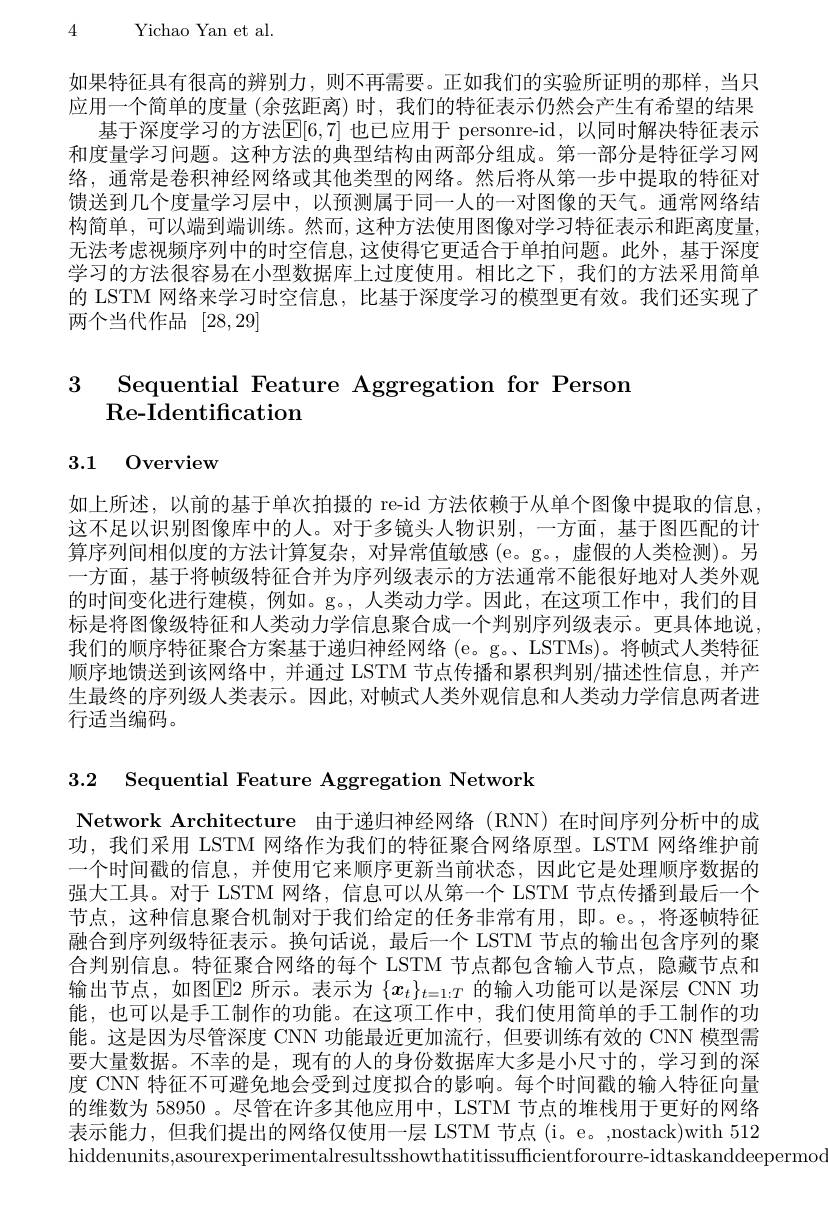
4 Yichao Yan et al

如果特征具有很高的辨别力，则不再需要。正如我们的实验所证明的那样，当只应用一个简单的度量 (余弦距离) 时，我们的特征表示仍然会产生有希望的结果
基于深度学习的方法$\mathsf E[6,7]$ 也已应用于 personre-id, 以同时解决特征表示和度量学习问题。这种方法的典型结构由两部分组成。第一部分是特征学习网络，通常是卷积神经网络或其他类型的网络。然后将从第一步中提取的特征对馈送到几个度量学习层中，以预测属于同一人的一对图像的天气。通常网络结构简单，可以端到端训练。然而，这种方法使用图像对学习特征表示和距离度量， 无法考虑视频序列中的时空信息，这使得它更适合于单拍问题。此外，基于深度学习的方法很容易在小型数据库上过度使用。相比之下，我们的方法采用简单的 LSTM 网络来学习时空信息，比基于深度学习的模型更有效。我们还实现了两个当代作品[28,29]

3 Sequential Feature Aggregation for Person
# Re- Identification

3.1 Overview

如上所述，以前的基于单次拍摄的 re-id 方法依赖于从单个图像中提取的信息， 这不足以识别图像库中的人。对于多镜头人物识别，一方面，基于图匹配的计算序列间相似度的方法计算复杂，对异常值敏感(e。g。,虚假的人类检测)。另一方面，基于将帧级特征合并为序列级表示的方法通常不能很好地对人类外观的时间变化进行建模，例如。g。,人类动力学。因此，在这项工作中，我们的目标是将图像级特征和人类动力学信息聚合成一个判别序列级表示。更具体地说， 我们的顺序特征聚合方案基于递归神经网络 (e。g。, LSTMs)。将帧式人类特征顺序地馈送到该网络中，并通过 LSTM 节点传播和累积判别/描述性信息，并产生最终的序列级人类表示。因此，对帧式人类外观信息和人类动力学信息两者进行适当编码。

3.2 Sequential Feature Aggregation Network

Network Architecture 由 于 递 归 神 经 网 络 ( RNN) 在 时 间 序 列 分 析 中 的 成 功，我们采用 LSTM 网络作为我们的特征聚合网络原型。LSTM 网络维护前一个时间戳的信息，并使用它来顺序更新当前状态，因此它是处理顺序数据的强大工具。对于 LSTM 网络，信息可以从第一个 LSTM 节点传播到最后一个节点，这种信息聚合机制对于我们给定的任务非常有用，即。e。,将逐帧特征融合到序列级特征表示。换句话说，最后一个 LSTM 节点的输出包含序列的聚合判别信息。特征聚合网络的每个 LSTM 节点都包含输入节点，隐藏节点和输出节点，如图$\overline{\mathrm{E}}$2 所示。表示为 $\{x_t\}_t=1:T$ 的输入功能可以是深层 CNN 功能，也可以是手工制作的功能。在这项工作中，我们使用简单的手工制作的功能。这是因为尽管深度 CNN 功能最近更加流行，但要训练有效的 CNN 模型需要大量数据。不幸的是，现有的人的身份数据库大多是小尺寸的，学习到的深度 CNN 特征不可避免地会受到过度拟合的影响。每个时间戳的输人特征向量的维数为 58950 。尽管在许多其他应用中，LSTM 节点的堆栈用于更好的网络表示能力，但我们提出的网络仅使用一层 LSTM 节点(i。e。,nostack)with 512 hiddenunits, asourexperimentalresultsshowthatitissufficientforourre- idtaskanddeepermoo